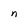
Character: d